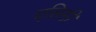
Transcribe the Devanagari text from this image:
एसिसी